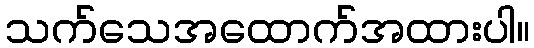
သက်သေအထောက်အထားပါ။